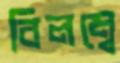
বিলম্বে